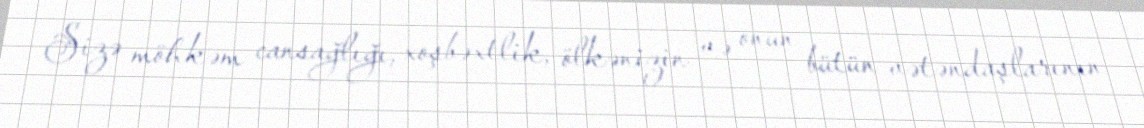
Sizə möhkəm cansağlığı, xoşbəxtlik, ölkənizin və onun bütün vətəndaşlarının